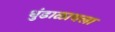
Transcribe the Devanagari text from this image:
धुंडाळायला